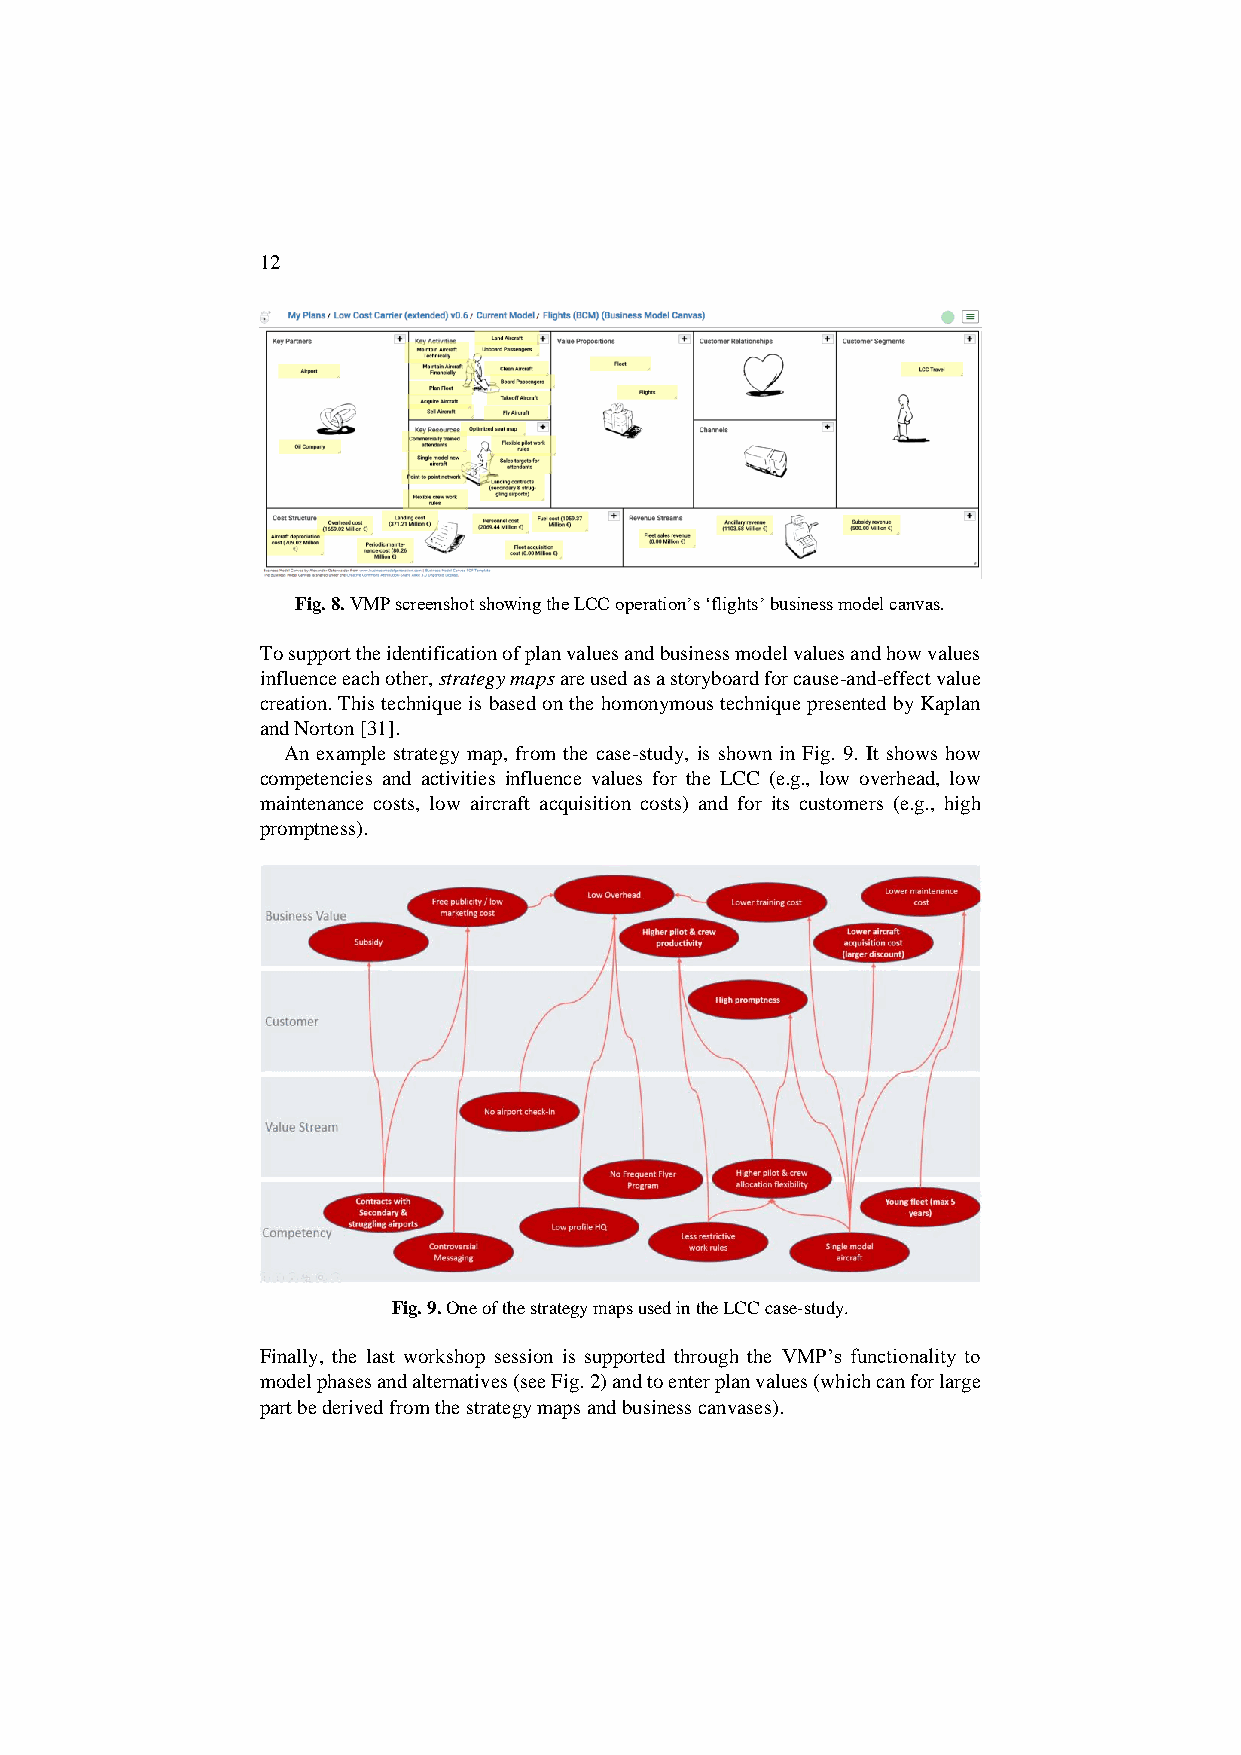
12
 Fig. 8. VMP screenshot showing the LCC operation’s ‘flights’ business model canvas.
 To support the identification of plan values and business model values and how values
 influence each other, strategy maps are used as a storyboard for cause-and-effect value
 creation. This technique is based on the homonymous technique presented by Kaplan
 and Norton [31].
 An example strategy map, from the case-study, is shown in Fig. 9. It shows how
 competencies and activities influence values for the LCC (e.g., low overhead, low
 maintenance costs, low aircraft acquisition costs) and for its customers (e.g., high
 promptness).
 Fig. 9. One of the strategy maps used in the LCC case-study.
 Finally, the last workshop session is supported through the VMP’s functionality to
 model phases and alternatives (see Fig. 2) and to enter plan values (which can for large
 part be derived from the strategy maps and business canvases).